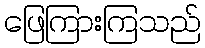
ဖြေကြားကြသည်